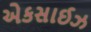
એકસાઈઝ